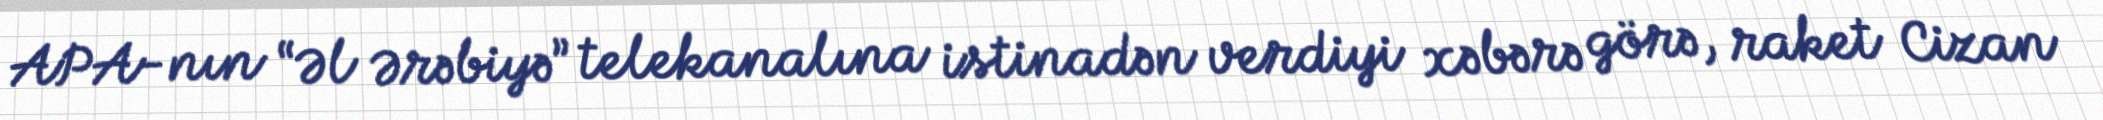
APA-nın “Əl Ərəbiyə” telekanalına istinadən verdiyi xəbərə görə, raket Cizan